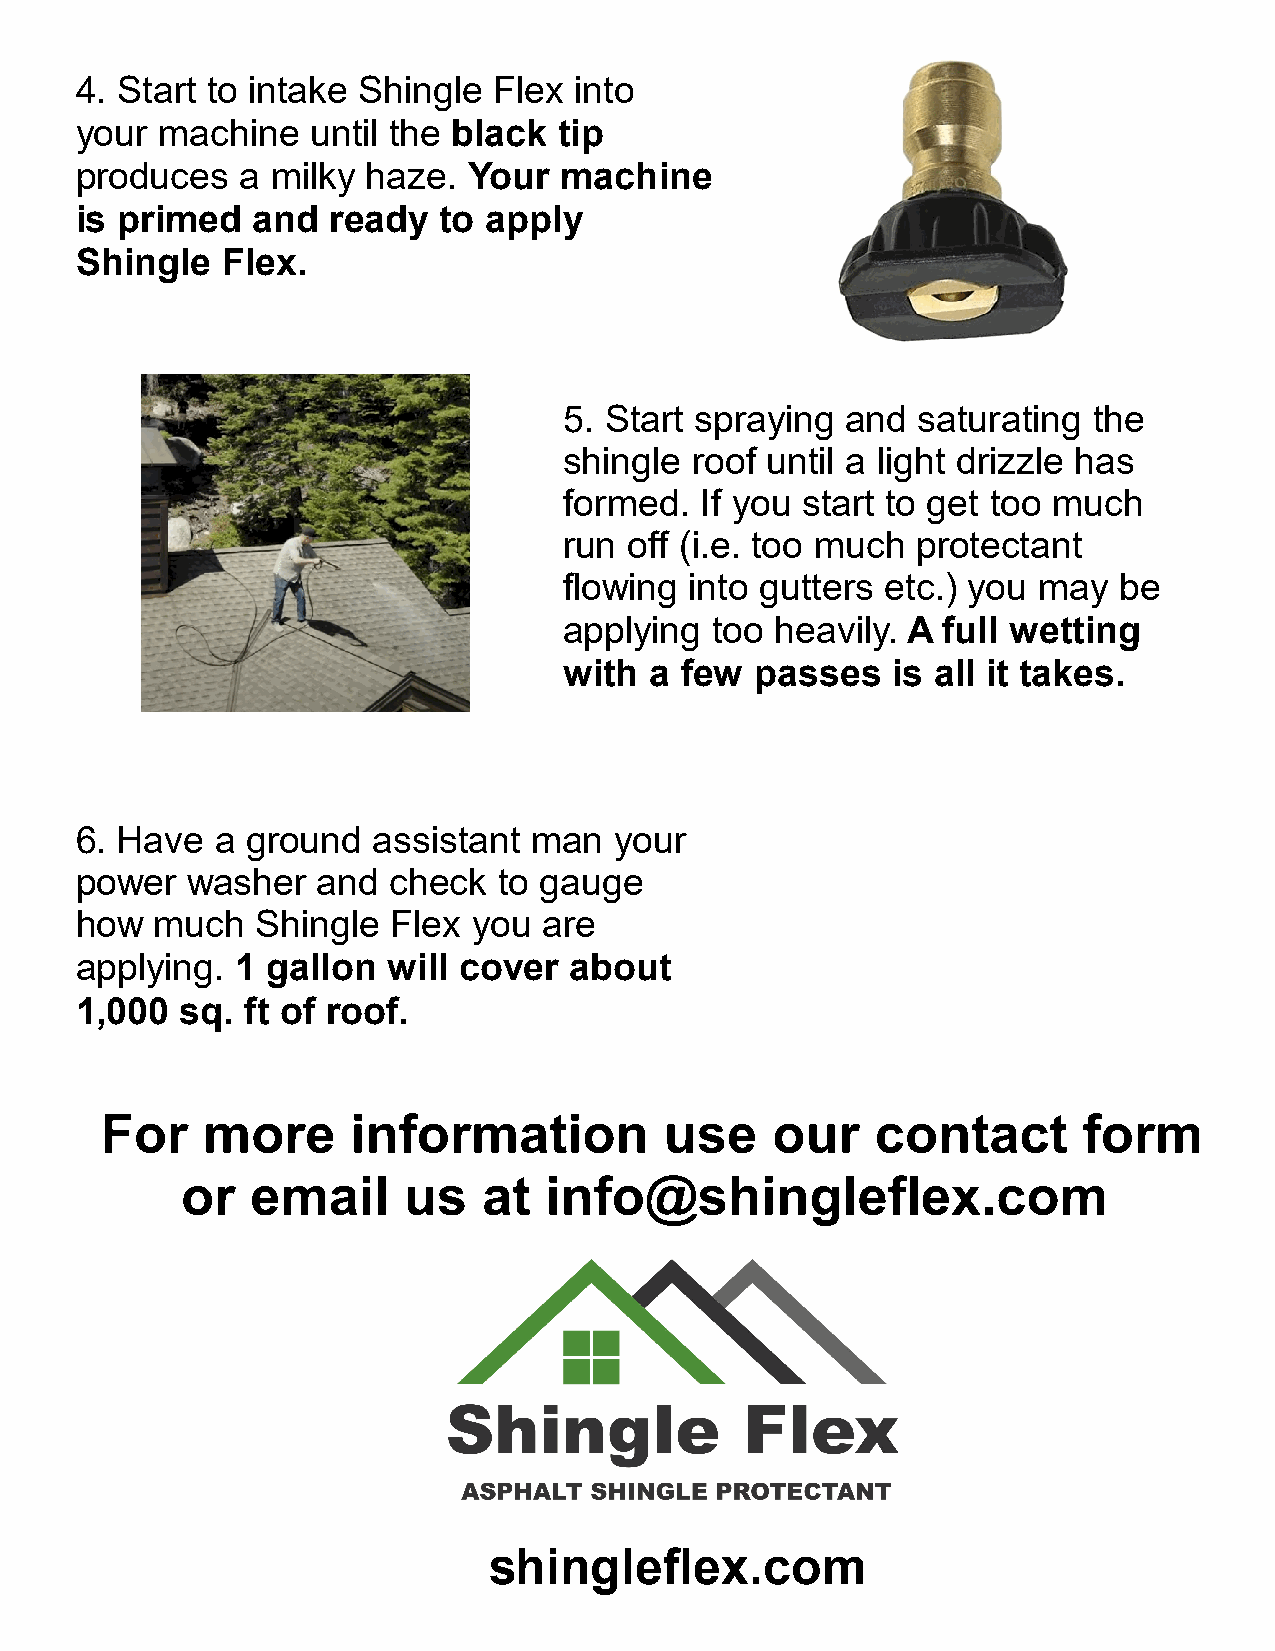
4. Start to intake Shingle  Flex into
 your machine    until the black tip
 produces   a milky haze.  Your  machine
 is primed   and  ready  to apply
 Shingle   Flex.
 5. Start spraying  and  saturating the
 shingle  roof until a light drizzle has
 formed.  If you start to get too much
 run  off (i.e. too much protectant
 flowing  into gutters etc.) you may  be
 applying  too heavily. A full wetting
 with  a few  passes   is all it takes.
 6. Have  a ground   assistant man   your
 power  washer   and  check  to gauge
 how  much   Shingle  Flex you  are
 applying.  1 gallon  will cover  about
 1,000  sq. ft of roof.
 For   more      information          use    our    contact       form
 or   email     us   at  info@shingleflex.com
 shingleflex.com